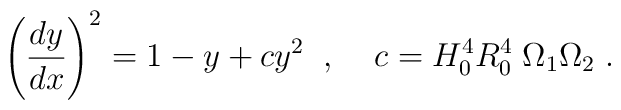
\left( \frac{d y}{d x} \right)^2 = 1 - y + c y^2 \; \; , \; \; \; \; c = H_0^4 R_0^4 \; \Omega_1 \Omega_2 \; .